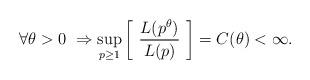
LaTeX: \begin{align*} \forall \theta > 0 \ \Rightarrow \sup_{p \ge 1} \left[ \ \frac{L(p^{\theta})}{L(p)} \ \right] = C(\theta) < \infty.\end{align*}